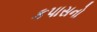
કપાસનો